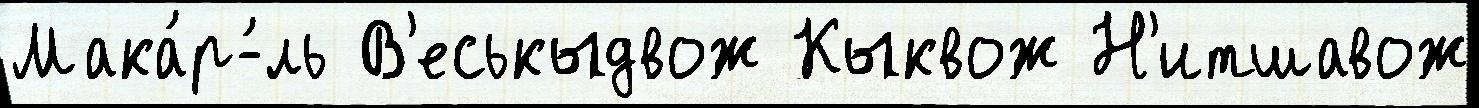
Мака́р-́ль В'еськыдвож Кыквож Н'итшавож